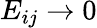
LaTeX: E_{ij}\rightarrow 0